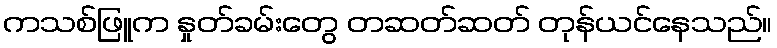
ကသစ်ဖြူက နှုတ်ခမ်းတွေ တဆတ်ဆတ် တုန်ယင်နေသည်။